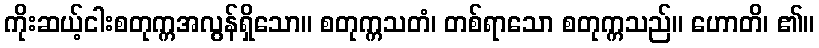
ကိုးဆယ့်ငါးစတုက္ကအလွန်ရှိသော။ စတုက္ကသတံ၊ တစ်ရာသော စတုက္ကသည်။ ဟောတိ၊ ၏။